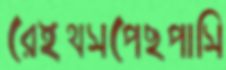
রেইথসপেছপাসি